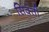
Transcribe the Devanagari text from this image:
सिवंती